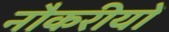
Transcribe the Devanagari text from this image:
नौकरीयों